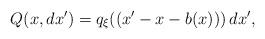
LaTeX: \begin{align*}Q(x,dx') =q_{\xi}((x'-x-b(x)))\,dx',\end{align*}